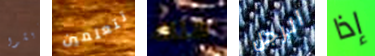
يعيشوا تتعلمين هناك الرجل إذا